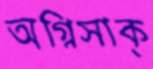
অগ্নিসাক্